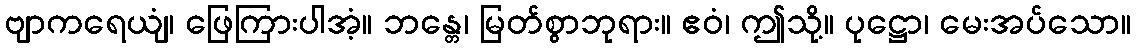
ဗျာကရေယျံ၊ ဖြေကြားပါအံ့။ ဘန္တေ၊ မြတ်စွာဘုရား။ ဧဝံ၊ ဤသို့။ ပုဋ္ဌော၊ မေးအပ်သော။